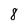
Character: 8